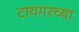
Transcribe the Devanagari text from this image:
टायगरच्या